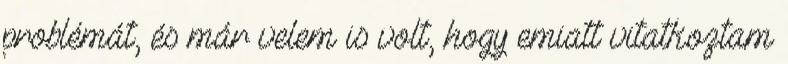
problémát, és már velem is volt, hogy emiatt vitatkoztam